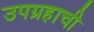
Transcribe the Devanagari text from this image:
उपग्रहाची